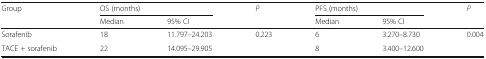
<table><thead><tr><td rowspan="2"><b>Group</b></td><td colspan="2"><b>OS (months)</b></td><td rowspan="2"><b><i>P</i></b></td><td colspan="2"><b>PFS (months)</b></td><td rowspan="2"><b><i>P</i></b></td></tr><tr><td><b>Median</b></td><td><b>95% CI</b></td><td><b>Median</b></td><td><b>95% CI</b></td></tr></thead><tbody><tr><td>Sorafenib</td><td>18</td><td>11.797–24.203</td><td rowspan="2">0.223</td><td>6</td><td>3.270–8.730</td><td rowspan="2">0.004</td></tr><tr><td>TACE + sorafenib</td><td>22</td><td>14.095–29.905</td><td>8</td><td>3.400–12.600</td></tr></tbody></table>